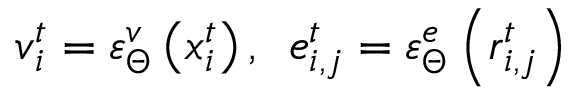
\boldsymbol { v } _ { i } ^ { t } = \varepsilon _ { \boldsymbol { \Theta } } ^ { v } \left( \boldsymbol { x } _ { i } ^ { t } \right) , \, \ \boldsymbol { e } _ { i , j } ^ { t } = \varepsilon _ { \boldsymbol { \Theta } } ^ { e } \left( \boldsymbol { r } _ { i , j } ^ { t } \right)